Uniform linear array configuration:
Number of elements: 64
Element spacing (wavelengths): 1
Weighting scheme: cosine
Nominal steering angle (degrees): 60
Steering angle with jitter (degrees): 58.472
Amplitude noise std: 0.05
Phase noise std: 0.05

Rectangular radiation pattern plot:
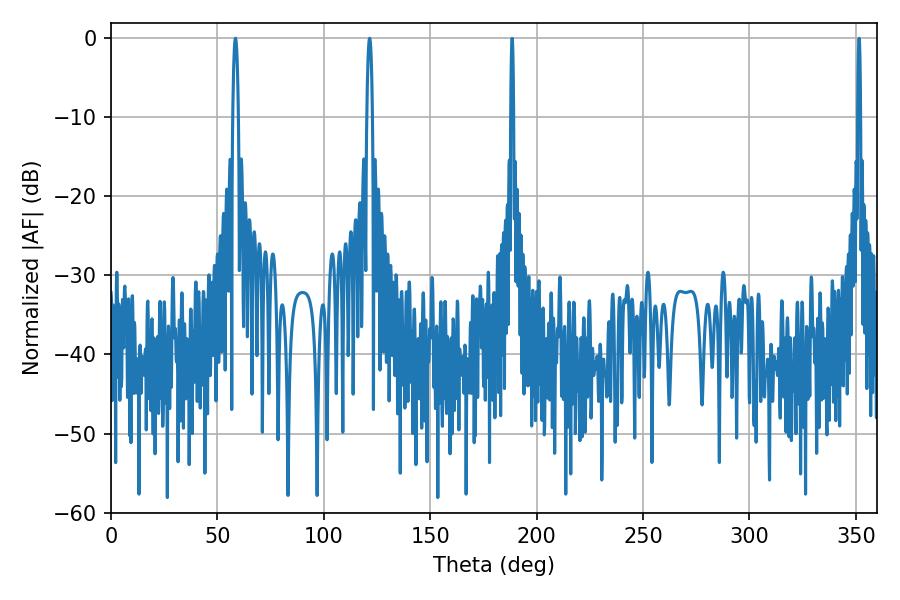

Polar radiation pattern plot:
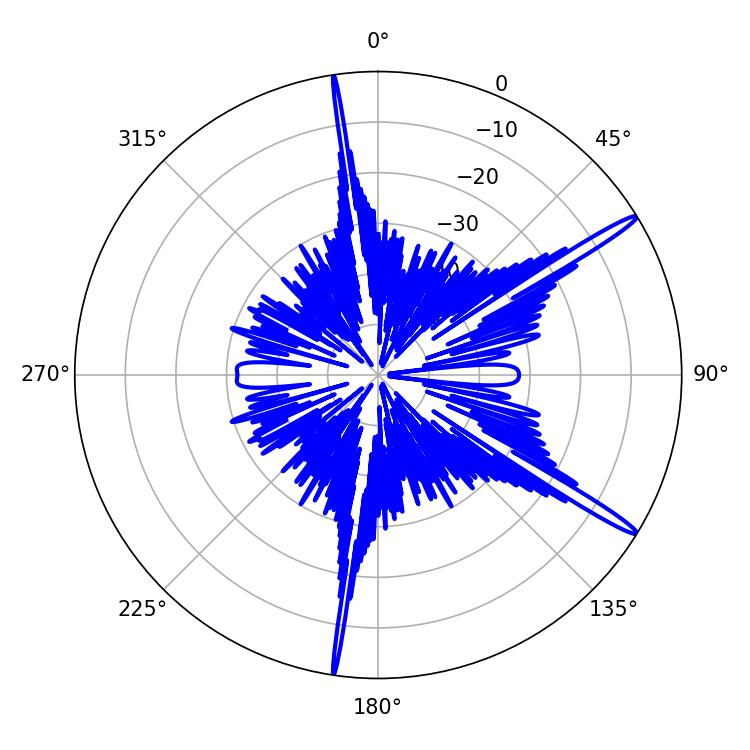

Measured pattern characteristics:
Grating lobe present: TRUE
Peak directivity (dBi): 16.338
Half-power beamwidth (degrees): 1.44
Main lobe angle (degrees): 58.5